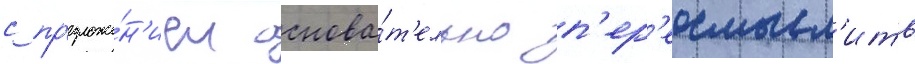
с пр'едложе́н'ием основа́т'ельно п'ер'еосмысл'ить